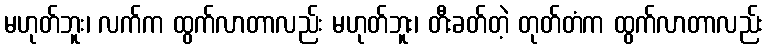
မဟုတ်ဘူး၊ လက်က ထွက်လာတာလည်း မဟုတ်ဘူး၊ တီးခတ်တဲ့ တုတ်တံက ထွက်လာတာလည်း